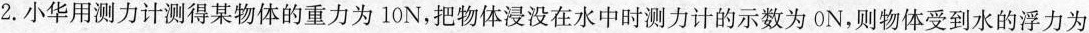
2. 小华用测力计测得某物体的重力为10N，把物体浸没在水中时测力计的示数为 0N，则物体受到水的浮力为